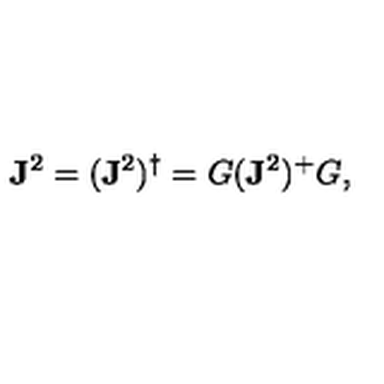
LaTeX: \mathbf { J } ^ { 2 } = ( \mathbf { J } ^ { 2 } ) ^ { \dagger } = G ( \mathbf { J } ^ { 2 } ) ^ { + } G ,